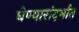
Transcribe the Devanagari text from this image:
घेण्यासंदर्भात